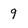
Character: 9